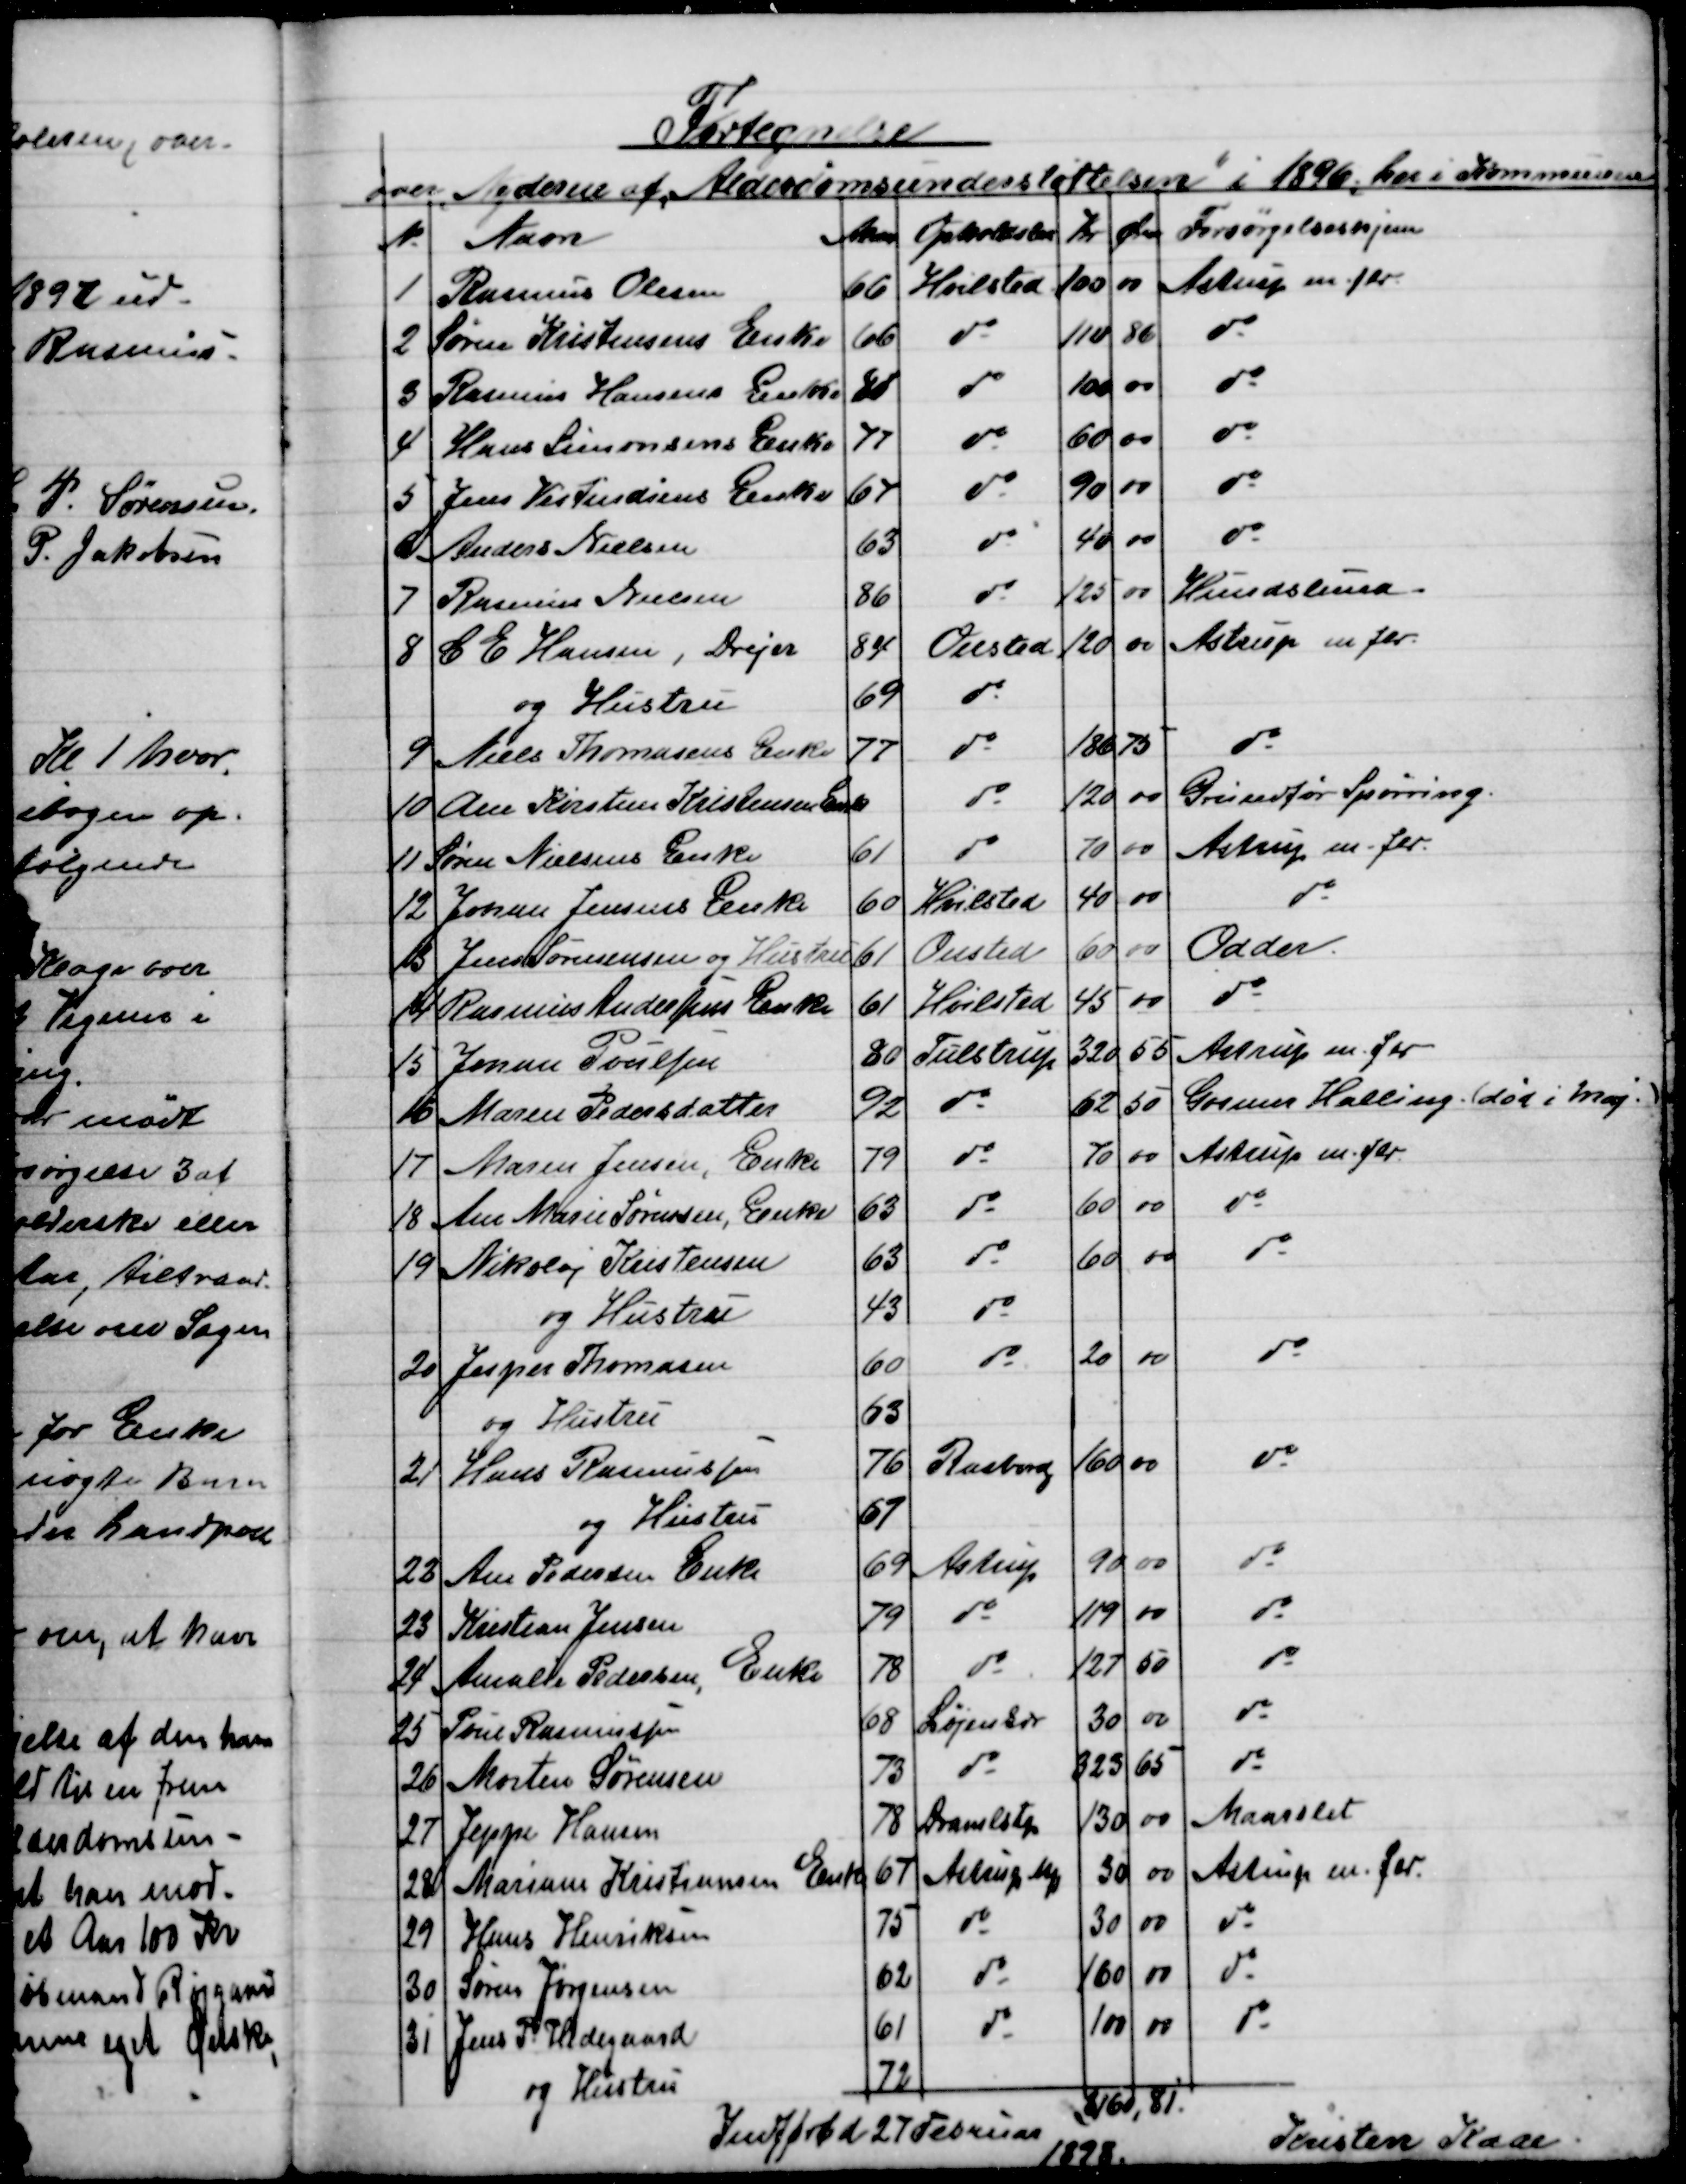
Transskription:
Fortegnelse
over Nyderne af Alderdomsunderstøttelsen i 1896 her i Kommunen.
№
Navn
Alder
Opholdskm
Kr
Øre
Forsørgelseskjem
1
Rasmus Olesen
66
Hvilsted
100
00
Astrup m. flr
2
Søren Kristensens Enke
66
do
110
86
do
3
Rasmus Hansens Enke
88
do
100
00
do
4
Hans Simonsens Enke
77
do
60
00
do
5
Jens Vestindiens Enke
67
do
90
00
do
6
Anders Nielsen
63
do
40
00
do
7
Rasmus Nielsen
86
do
125
00
Hundslund
8
C E Hansen, Drejer
84
Onsted
120
00
Astrup m. flr.
og Hustru
69
do
9
Niels Thomasens Enke
77
do
186
75
do
10
Ane Kirstine Kristensen Enk
do
120
00
Grundfør Spørring
11
Søren Nielsens Enke
61
do
70
00
Astrup m. flr.
12
Johan Jensens Enke
60
Hvilsted
40
00
do
13
Jens Sørensen og Hustru
61
Onsted
60
00
Odder
14
Rasmus Andersens Enke
61
Hvilsted
45
00
do
15
Johan Poulsen
80
Tulstrup
320
55
Astrup m. flr
16
Maren Pedersdatter
92
do
62
50
Gosmer Halling (død i Maj.)
17
Maren Jensen, Enke
79
do
70
00
Astrup m. fl.
18
Ane Marie Sørensen, Enke
63
do
60
00
do
19
Nikolaj Kristensen
63
do
60
00
do
og Hustru
43
do
20
Jesper Thomasen
60
do
20
00
do
og Hustru
63
21
Hans Rasmussen
76
Rasborg
160
00
do
og Hustru
67
22
Ane Pedersen Enke
69
Astrup
90
00
do
23
Kristian Jensen
79
do
119
00
do
24
Amalie Pedersen,
Enke
78
do
127
50
do
25
Poul Rasmussen
68
Løjenkær
30
00
do
26
Morten Sørensen
73
do
323
65
do
27
Jeppe Hansen
78
Dramlstp
130
00
Maarslet
28
Mariane Kristiansen Enke
67
Astrup Mk
30
00
Astrup m. flr.
29
Hans Henriksen
75
do
30
00
do
30
Søren Jørgensen
62
do
160
00
do
31
Jens P. Hedegaard
61
do
100
00
do
og Hustru
72
3160,81.
Indført d 27 Februar 
1898.
Kristen Kaae